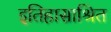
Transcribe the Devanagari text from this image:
इतिहासाश्रित